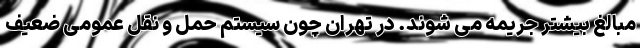
مبالغ بیشتر جریمه می شوند. در تهران چون سیستم حمل و نقل عمومی ضعیف